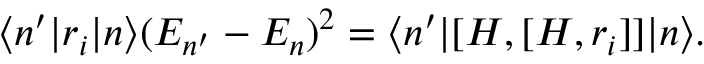
\begin{array} { r } { \langle n ^ { \prime } | r _ { i } | n \rangle ( E _ { n ^ { \prime } } - E _ { n } ) ^ { 2 } = \langle n ^ { \prime } | [ H , [ H , r _ { i } ] ] | n \rangle . } \end{array}